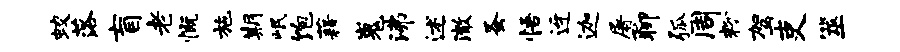
蛟落盲老慨施期岷饱藉嵬沸述澈蚤悟迓迦屠聊弧周粉驾吏筮